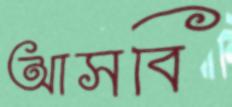
আসবি